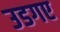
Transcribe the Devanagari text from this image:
उडगए